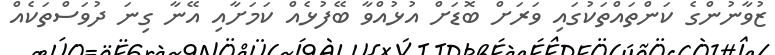
ޒުވާނުންގެ ކަންތައްތަކުގައި ވަރަށް ބޮޑަށް އުޅުއްވާ ބޭފުޅެއް ކަމަށާއި އޭނާ ގިނަ ދުވަސްތަކެއް